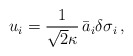
\begin{align*}u_i=\frac{1}{\sqrt{2}\kappa}\,\bar{a}_i\delta\sigma_i \,,\end{align*}